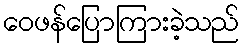
ဝေဖန်ပြောကြားခဲ့သည်